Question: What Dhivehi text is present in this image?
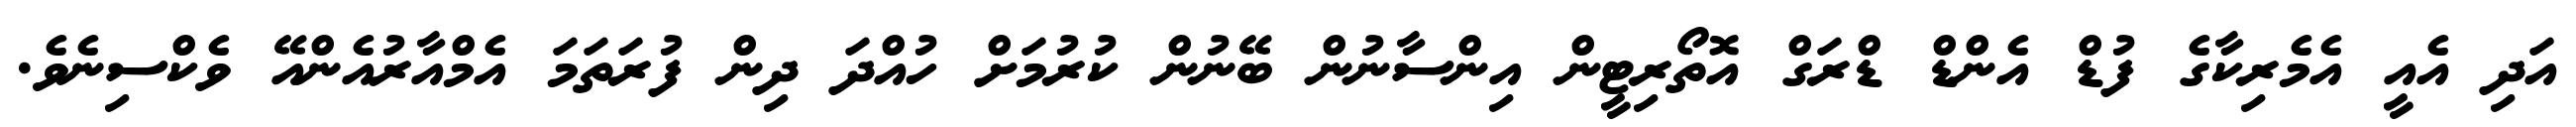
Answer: އަދި އެއީ އެމެރިކާގެ ފުޑް އެންޑް ޑްރަގް އޮތޯރިޓީން އިންސާނުން ބޭނުން ކުރުމަށް ހުއްދަ ދިން ފުރަތަމަ އެމްއާރުއެންއޭ ވެކްސިނެވެ.